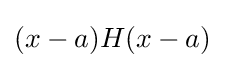
(x-a)H(x-a)